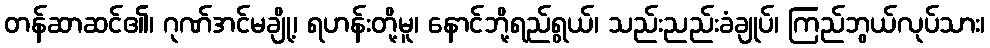
တန်ဆာဆင်၏၊ ဂုဏ်အင်မချို့၊ ရဟန်းတို့မူ၊ နောင်ဘို့ရည်ရွယ်၊ သည်းညည်းခံချုပ်၊ ကြည်ဘွယ်လုပ်သား၊